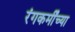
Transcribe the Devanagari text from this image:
रंगकर्मींच्या